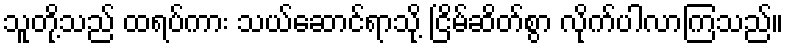
သူတို့သည် ထရပ်ကား သယ်ဆောင်ရာသို့ ငြိမ်ဆိတ်စွာ လိုက်ပါလာကြသည်။